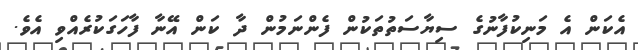
އެކަން އެ މަނިކުފާނުގެ ސިޔާސަތުތަކުން ފެންނަމުން ދާ ކަން އޭނާ ފާހަގަކުރެއްވި އެވެ.